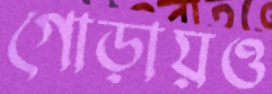
গোড়ায়ও